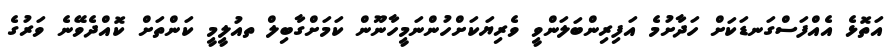
އަތޮޅެ އެއްފަސްގަނޑަކަށް ހަދާށުމެ އަފިރިންބަލަންވީ ވެރިޔަކަށްހުންނަމީހާނޫން ކަމަށްގާބިލް ތއުލީމީ ކަންތަށް ކޮއްދެވޭނެ ވަރުގެ